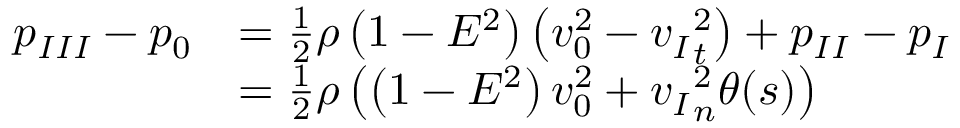
\begin{array} { r l } { { p _ { I I I } } - { p _ { 0 } } } & { = \frac { 1 } { 2 } \rho \left( 1 - E ^ { 2 } \right) \left( v _ { 0 } ^ { 2 } - { v _ { I } } _ { t } ^ { 2 } \right) + p _ { I I } - p _ { I } } \\ & { = \frac { 1 } { 2 } \rho \left( \left( 1 - E ^ { 2 } \right) v _ { 0 } ^ { 2 } + { v _ { I } } _ { n } ^ { 2 } \theta ( s ) \right) } \end{array}